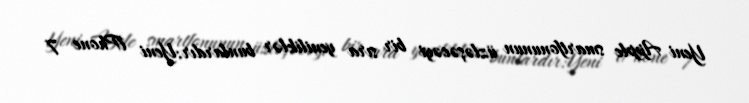
Yeni Apple smartfonunun üzləşəcəyi bir sıra yeniliklər bunlardır:Yeni iPhone 7